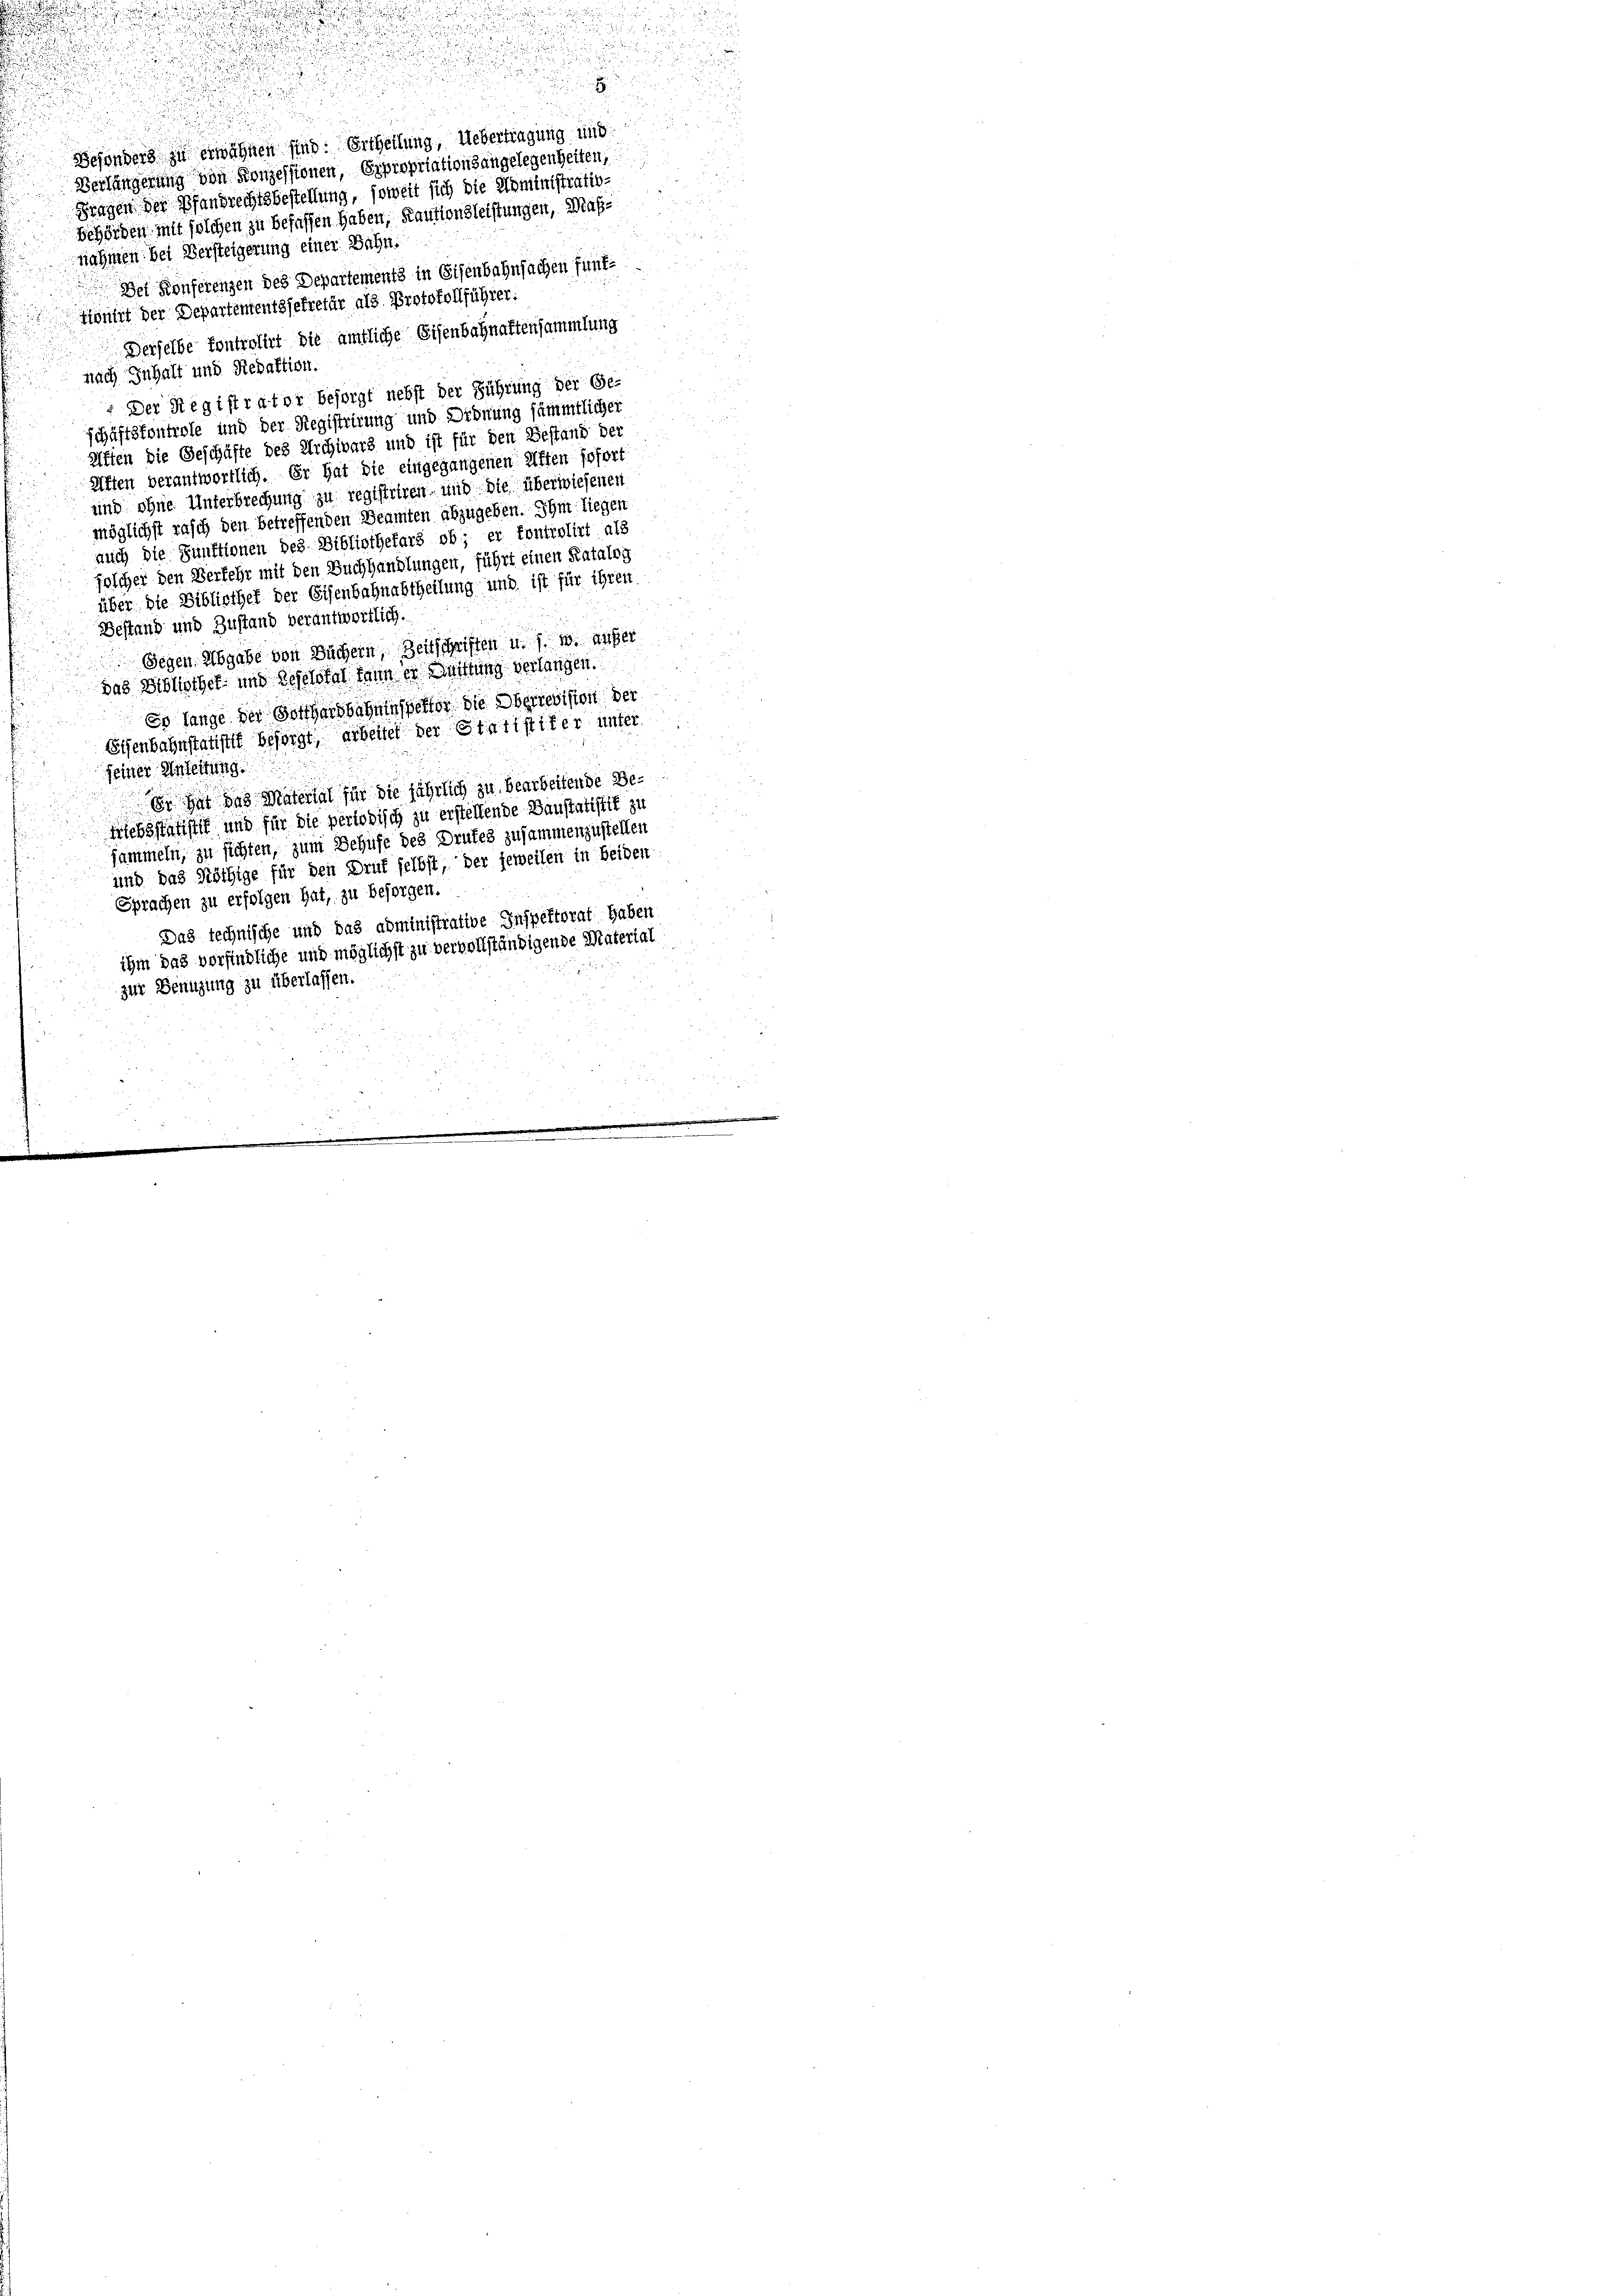
Behörden mit solchen zu befassen haben, Kautionsleistungen, Maßnahmen bei Versteigerung einer Bahn.
Der Konferenzen des Departements in Eisenbahnfachen fünfzionirt der Departementssekretär als Protokollführer:
Derselbe fontrolirt die amtliche Eisenbahnaftensammlung
nach Inhalt und Siedaktion.
: Der Registrator besorgt nebst der Führung der Ge-
schäftsfontrole und der Registrirung und Ordnung sämmtlicher
Aften die Geschäfte des Archivars und ist für den Bestand der
Affen verantwortlich. Er hat die eingegangenen Affen sofort
und ohne Unterbrechung zu registriren, und die überwiesenen
möglichst rasch den betreffenden Beamten abzugeben. Ihm liegen
auch die Funktionen bez Bibliothekars ob; er fontrolirt als
solcher den Verkehr mit den Buchhandlungen, führt einen Katalog
über die Bibliothek der Eisenbahnabtheilung und ist für ihren
2
Destung und Zustand verantwortlich.
Gegen Abgabe von Büchern, Zeitschriften u. s. w. außer
das Bibliothek- und Beselstal dann er Dittung verlangen.
Eo lange der Gotthardbahninspektor die Oberrevision der
Eisenbahnstatistik besorgt, arbeitet der Statistifer unter
seiner Anleitung
Er hat das Material für die jährlich zu bearbeitende Bettebsstatistik und für die periodisch zu erstellende Baustatistik zu
sammeln, zu sichten, zum Behufe des Drufes zusammenzustellen
und das Nöthige für den Druf selbst, der jeweilen in Beiden
Sprachen zu erfolgen hat, zu besorgen.
Das technische und das administrative Inspektorat haben
ihm das vorfindliche und möglichst zu vervollständigende Material
zur Benuzung zu überlassen.

n

d

Besonders zu erwähnen sind. Ertheilung, Uebertragung und
Verlängerung von Konzessionen, Expropriationsangelegenheiten,
Fragen der Pfandrechtsbestellung, soweit sich die Noministratio¬

e